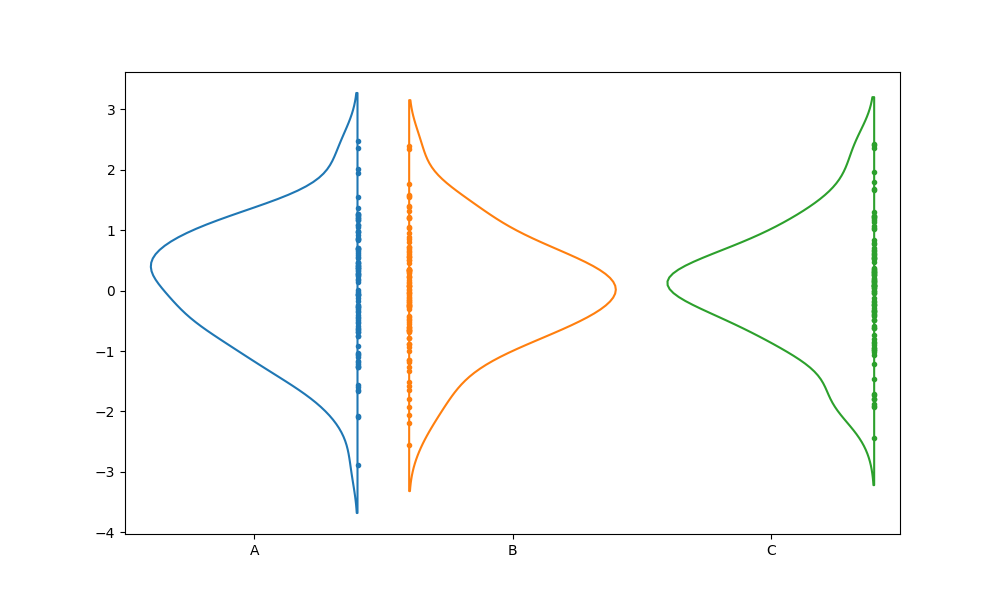
python, seaborn, violinplot, scale='count', split='True', inner='point', fill='False'